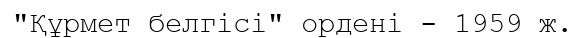
"Құрмет белгісі" ордені - 1959 ж.